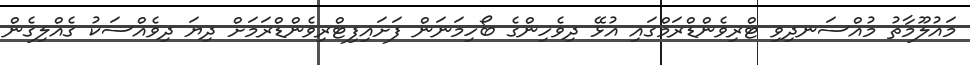
މައުލޫމާތު މުއްސަނދިވި ޓްރިވެންޑްރަމްގައި އުޅޭ ދިވެހިންގެ ބޯހިމަނަން ފަށައިފިޓްރިވެންޑްރަމަށް ދިޔަ ދިވެއްސަކު ގެއްލިގެން